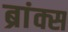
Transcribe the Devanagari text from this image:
ब्रांक्स